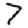
Digit: 7